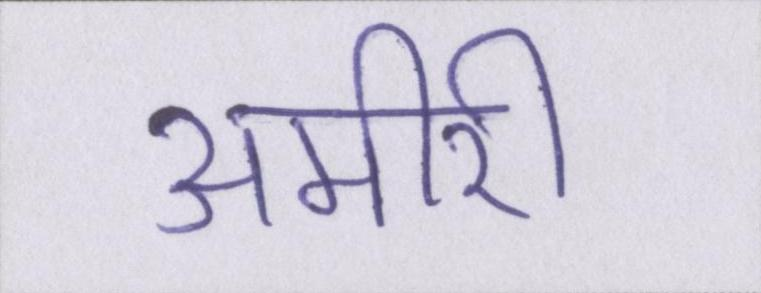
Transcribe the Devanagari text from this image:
अमीरी